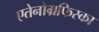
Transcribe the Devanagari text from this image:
एतेनोग्रफिस्का